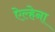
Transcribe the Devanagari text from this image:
ऐल्हेना